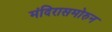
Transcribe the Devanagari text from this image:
मंदिरासमोरुन